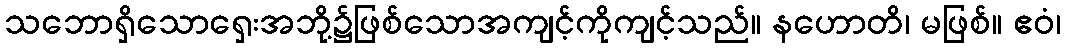
သဘောရှိသောရှေးအဘို့၌ဖြစ်သောအကျင့်ကိုကျင့်သည်။ နဟောတိ၊ မဖြစ်။ ဧဝံ၊